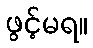
ဖွင့်မရ။